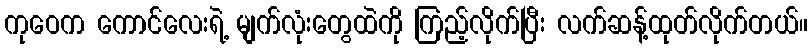
ကုဝေက ကောင်လေးရဲ့ မျက်လုံးတွေထဲကို ကြည့်လိုက်ပြီး လက်ဆန့်ထုတ်လိုက်တယ်။